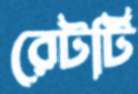
রেটটি